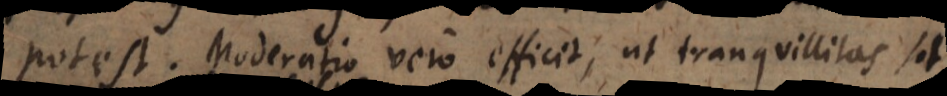
potest. Moderatio vero efficit, ut tranquillitas sit